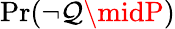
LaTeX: \operatorname*{Pr}(\lnot\mathcal{Q}\midP)